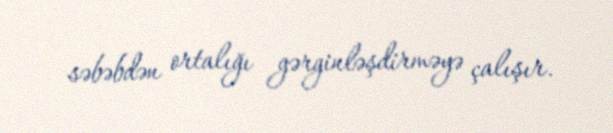
səbəbdən ortalığı gərginləşdirməyə çalışır.